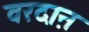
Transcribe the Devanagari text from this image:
वरदाऩ